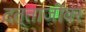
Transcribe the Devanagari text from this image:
दत्ताजींवर